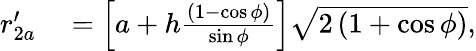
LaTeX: \begin{array}{rl}{r_{2a}^{\prime}}&{{}=\left[a+h\frac{\left(1-\cos{\phi}\right)}{\sin{\phi}}\right]\sqrt{2\left(1+\cos{\phi}\right)},}\end{array}